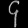
Digit: ၄